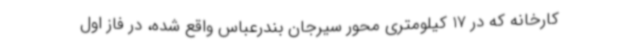
کارخانه که در 17 کیلومتری محور سیرجان بندرعباس واقع شده، در فاز اول